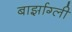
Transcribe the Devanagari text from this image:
बार्झाग्ली